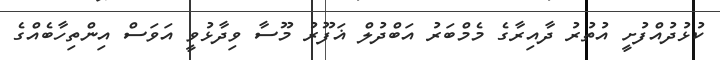
ކުޅުދުއްފުށީ އުތުރު ދާއިރާގެ މެމްބަރު އަބްދުލް ޣަފޫރު މޫސާ ވިދާޅުވީ އަވަސް އިންތިހާބެއްގެ